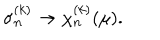
\sigma _ { n } ^ { ( k ) } \rightarrow \chi _ { n } ^ { ( k ) } ( \mu ) .